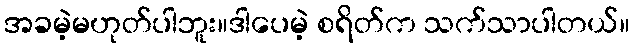
အခမဲ့မဟုတ်ပါဘူး။ဒါပေမဲ့ စရိတ်က သက်သာပါတယ်။